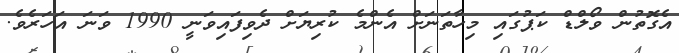
އެގޮތުން ވޯލްޑް ކަޕުގައި މިހާތަނަށް އެންމެ ކުރިޔަށް ދެވިފައިވަނީ 1990 ވަނަ އަހަރެވެ.